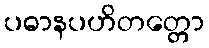
ပဓာနပဟိတတ္တော